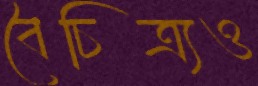
বৈচিত্র্যও